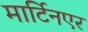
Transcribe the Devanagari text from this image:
मार्टिनएर